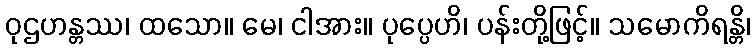
ဝုဌဟန္တဿ၊ ထသော။ မေ၊ ငါအား။ ပုပ္ပေဟိ၊ ပန်းတို့ဖြင့်။ သမောကိရန္တိ၊